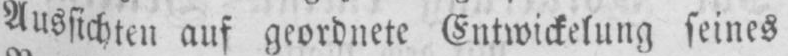
Aussichten auf geordnete Entwickelung seines